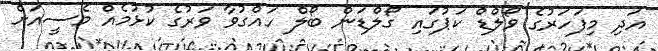
އަދި މިފަހަރުގެ ވޯލްޑް ކަޕުގައި ގޯލްޑަން ބޯލް ހައްގުވާ ވަރުގެ ކުޅުމެއް މެސީއަށް